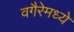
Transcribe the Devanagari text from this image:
वगैरेमध्ये